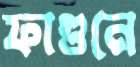
ফাগুনে